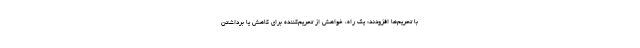
با تحریم‌ها افزودند: یک راه، خواهش از تحریم‌کننده برای کاهش یا برداشتن